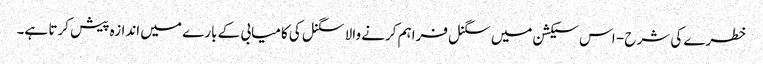
خطرے کی شرح - اس سیکشن میں سگنل فراہم کرنے والا سگنل کی کامیابی کے بارے میں اندازہ پیش کرتا ہے۔